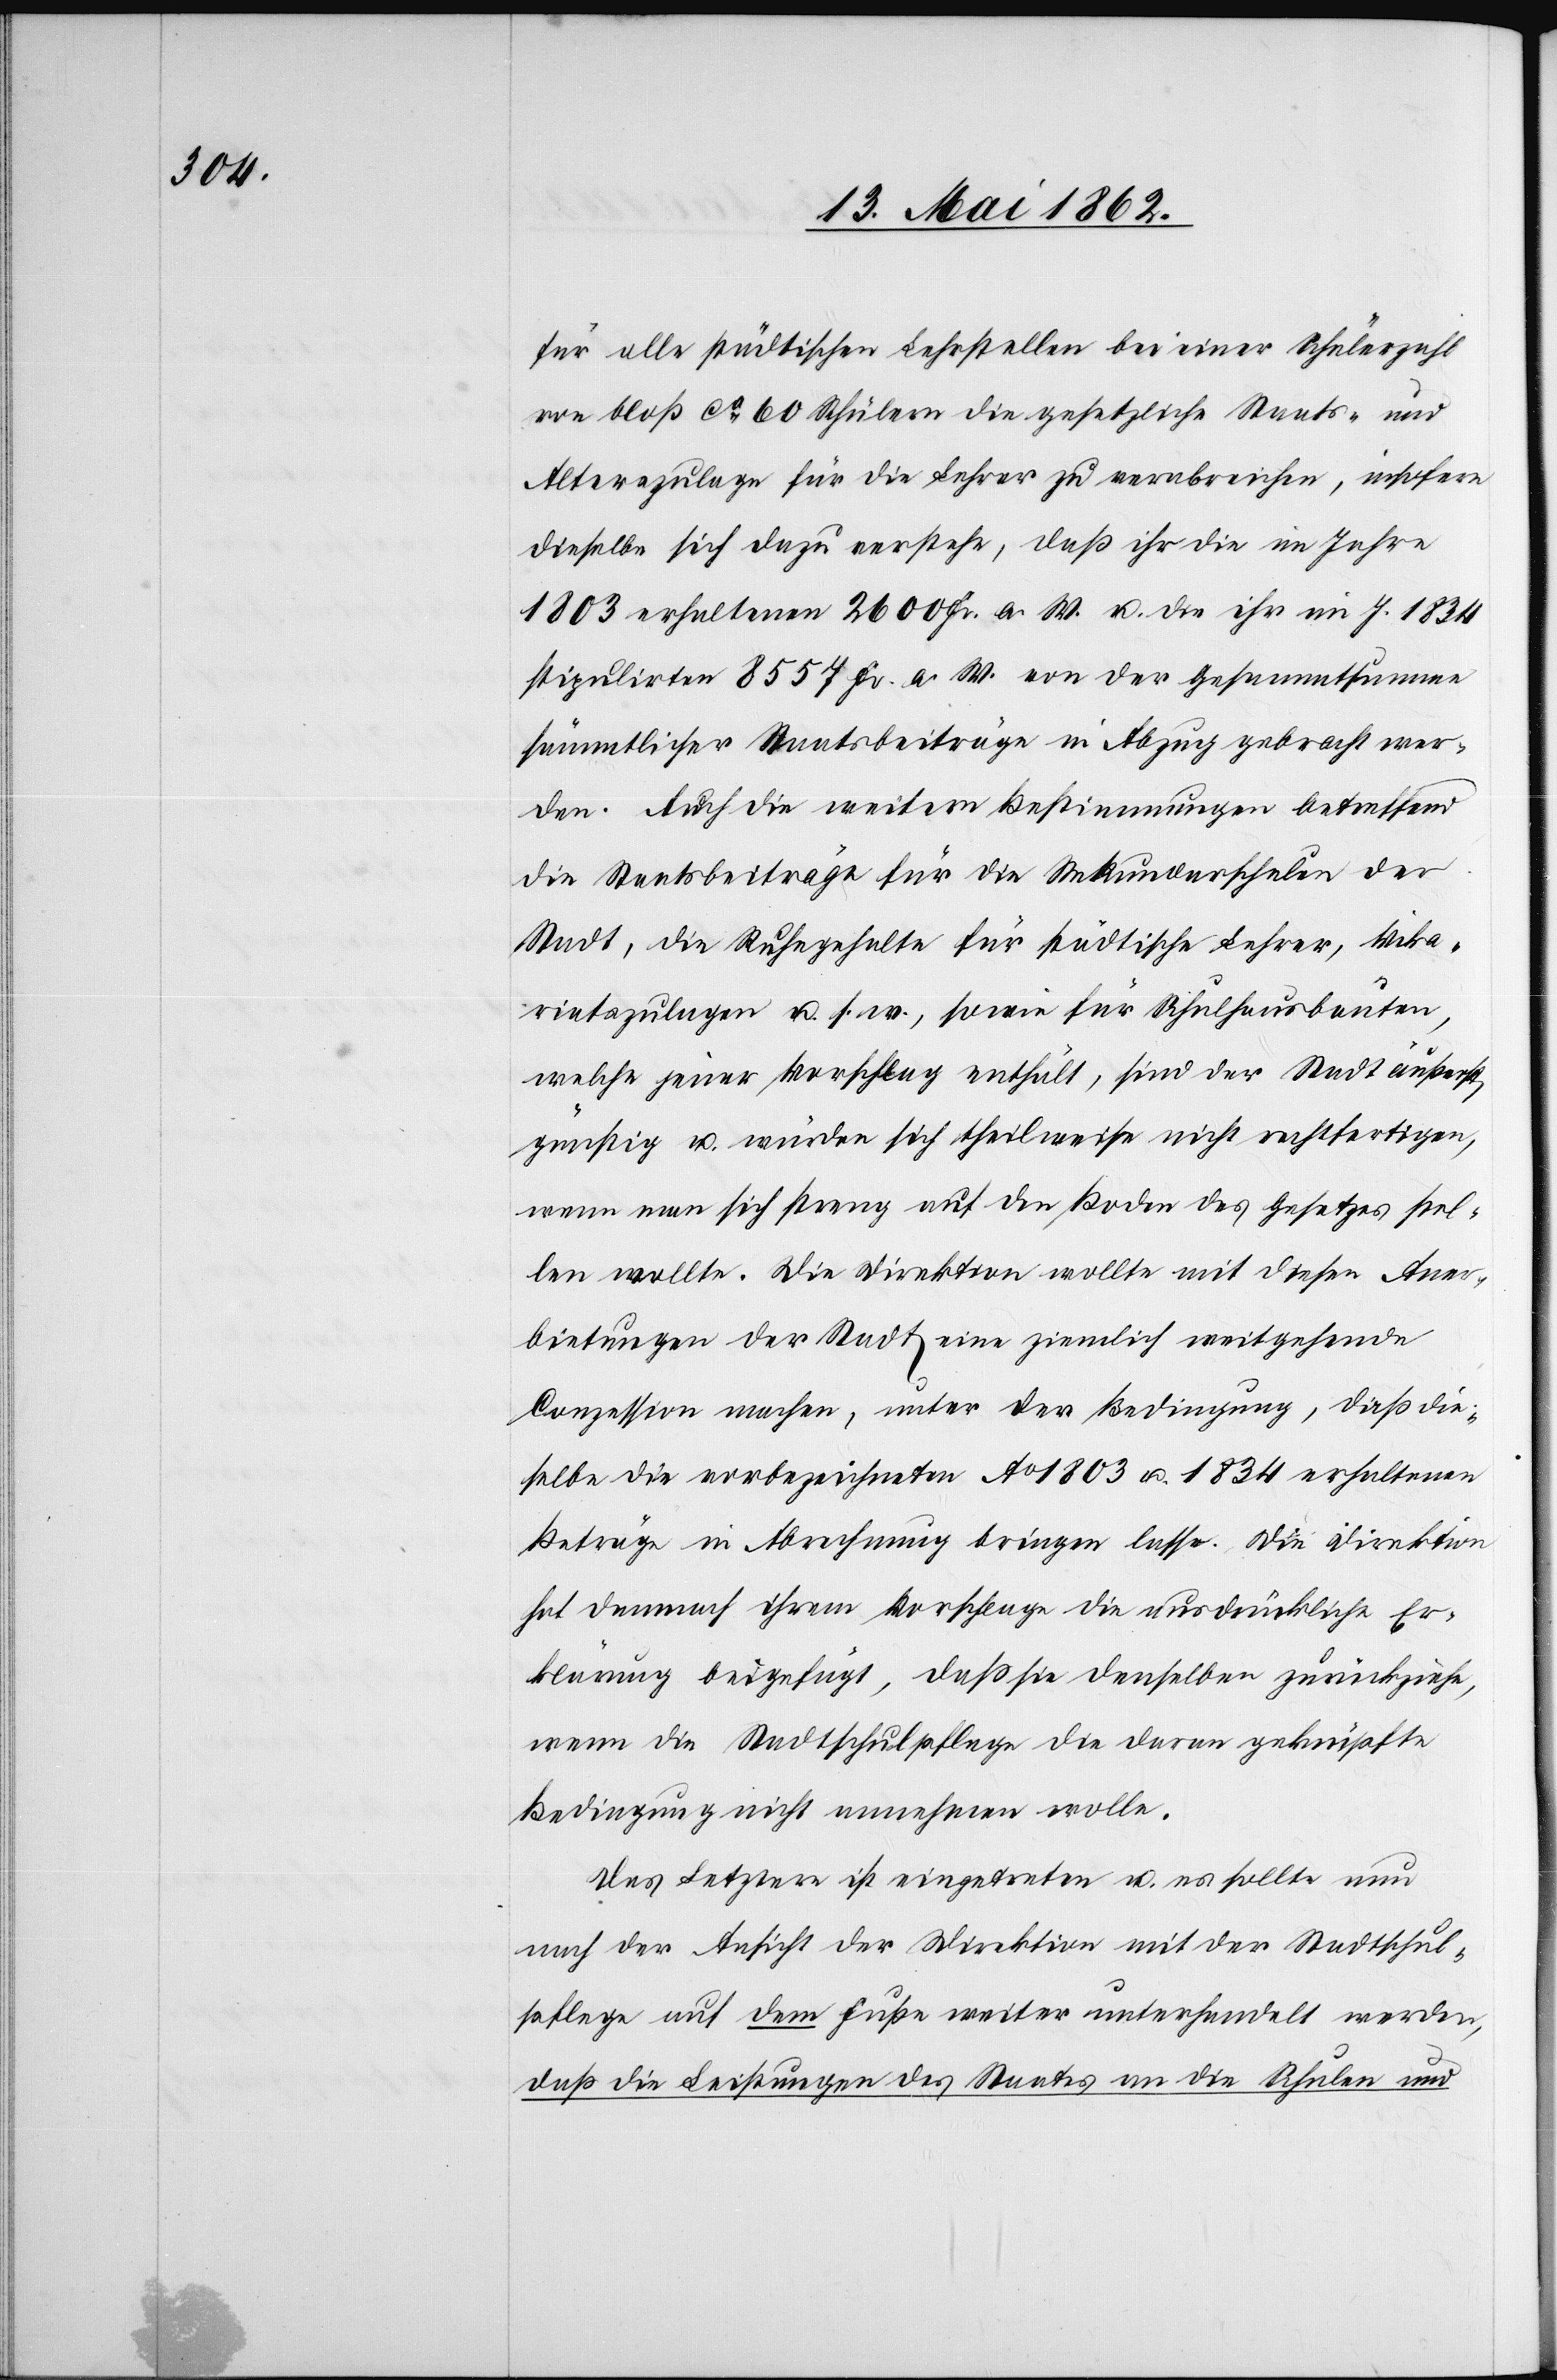
für alle städtischen Lehrstellen bei einer Schülerzahl
von bloß ca. 60 Schülern die gesetzliche Staats- und
Alterszulage für die Lehrer zu verabreichen, insofern
dieselbe sich dazu verstehe, daß ihr die im Jahre
1803 erhaltenen 2600 Fr. a. W. u. die ihr im J. 1834
stipulirten 8557 Fr. n. W. von der Gesammtsumme
sämmtlicher Staatsbeiträge in Abzug gebracht wer¬
den. Auch die weitern Bestimmungen betreffend
die Staatsbeiträge für die Sekundarschulen der
Stadt, die Ruhegehalte für städtische Lehrer, Vika¬
riatszulagen u. s. w., sowie für Schulhausbauten,
welche jener Vorschlag enthält, sind der Stadt äußerst
günstig u. würden sich theilweise nicht rechtfertigen,
wenn man sich streng auf den Boden des Gesetzes stel¬
len wollte. Die Direktion wollte mit diesen Aner¬
bietungen der Stadt eine ziemlich weitgehende
Conzession machen, unter der Bedingung, daß die¬
selbe die vorbezeichneten Ao. 1803 u. 1834 erhaltenen
Beträge in Abrechnung bringen lasse. Die Direktion
hat demnach ihrem Vorschlage die ausdrückliche Er¬
klärung beigefügt, daß sie denselben zurückziehe,
wenn die Stadtschulpflege die daran geknüpfte
Bedingung nicht annehmen wolle.
Das Letztere ist eingetreten u. es sollte nun
nach der Ansicht der Direktion mit der Stadtschul¬
pflege auf dem Fuße weiter unterhandelt werden,
daß die Leistungen des Staates an die Schulen und